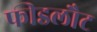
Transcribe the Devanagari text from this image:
फीडलौट